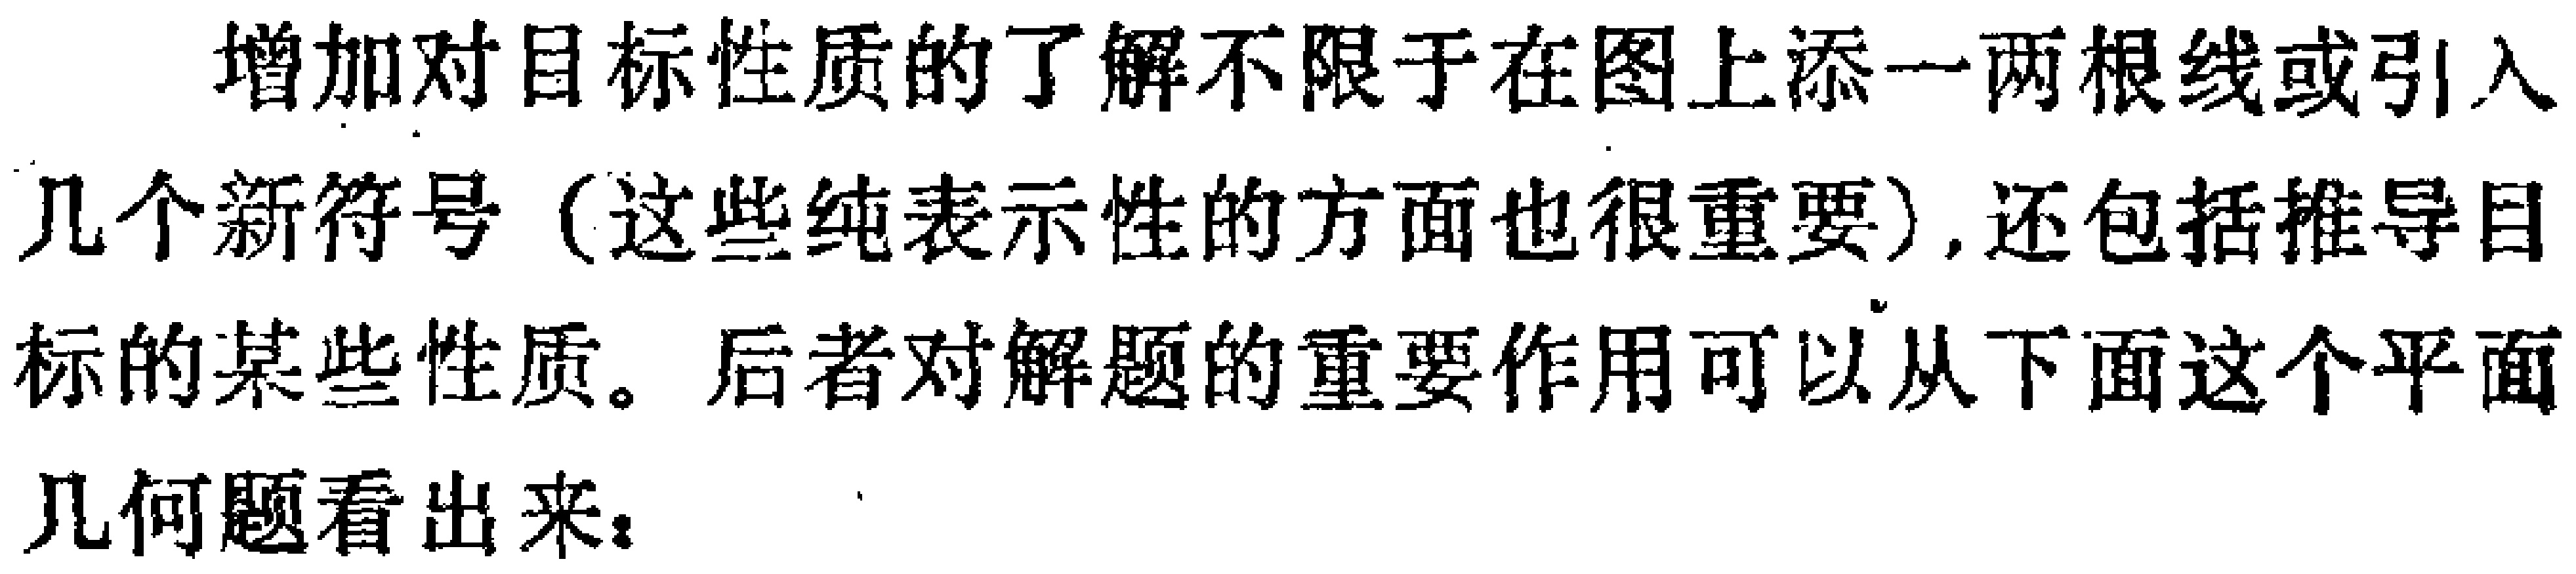
增加对目标性质的了解不限于在图上添一两根线或引入几个新符号（这些纯表示性的方面也很重要）,还包括推导目标的某些性质。后者对解题的重要作用可以从下面这个平面几何题看出来：